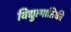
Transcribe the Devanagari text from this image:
विद्युत्गातिकी